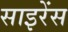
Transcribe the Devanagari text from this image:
साइरेंस